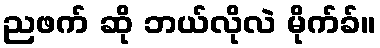
ညဖက် ဆို ဘယ်လိုလဲ မိုက်ခ်။